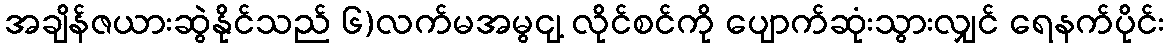
အချိန်ဇယားဆွဲနိုင်သည် ၆)လက်မအမွငျ့ လိုင်စင်ကို ပျောက်ဆုံးသွားလျှင် ရေနက်ပိုင်း